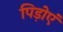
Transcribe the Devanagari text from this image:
पिड़ोएं